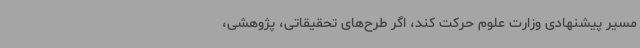
مسیر پیشنهادی وزارت علوم حرکت کند، اگر طرح‌های تحقیقاتی، پژوهشی،